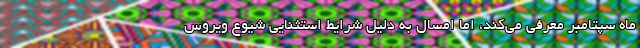
ماه سپتامبر معرفی می‌کند، اما امسال به دلیل شرایط استثنایی شیوع ویروس